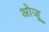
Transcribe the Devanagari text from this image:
ओजू